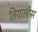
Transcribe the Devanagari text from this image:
तियालीस